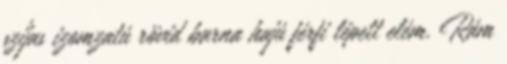
szíjas izomzatú rövid barna hajú férfi lépett elém. Rám